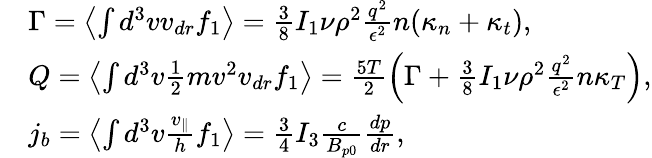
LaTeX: \begin{array}{rl}&{\Gamma=\left\langle\int d^{3}vv_{dr}f_{1}\right\rangle=\frac{3}{8}I_{1}\nu\rho^{2}\frac{q^{2}}{\epsilon^{2}}n(\kappa_{n}+\kappa_{t}),}\\ &{Q=\left\langle\int d^{3}v\frac{1}{2}mv^{2}v_{dr}f_{1}\right\rangle=\frac{5T}{2}\left(\Gamma+\frac{3}{8}I_{1}\nu\rho^{2}\frac{q^{2}}{\epsilon^{2}}n\kappa_{T}\right),}\\ &{j_{b}=\left\langle\int d^{3}v\frac{v_{\parallel}}{h}f_{1}\right\rangle=\frac{3}{4}I_{3}\frac{c}{B_{p0}}\frac{dp}{dr},}\end{array}